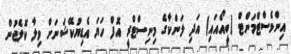
އިންވެސްޓްމަންޓް (ބީއޯއައި) އަދި ލަންކާގެ މިނިސްޓްރީ އޮފް ހަޔަ އެޑިޔުކޭޝަނަށް ވިލާ ކޮލެޖުން